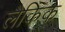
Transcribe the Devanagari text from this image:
लैकिक